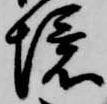
境